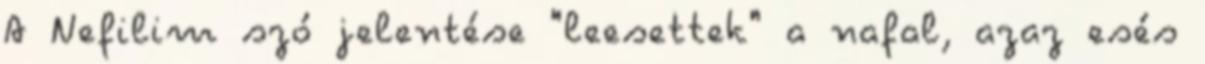
A Nefilim szó jelentése "leesettek" a nafal, azaz esés